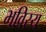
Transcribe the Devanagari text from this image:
भविस्य